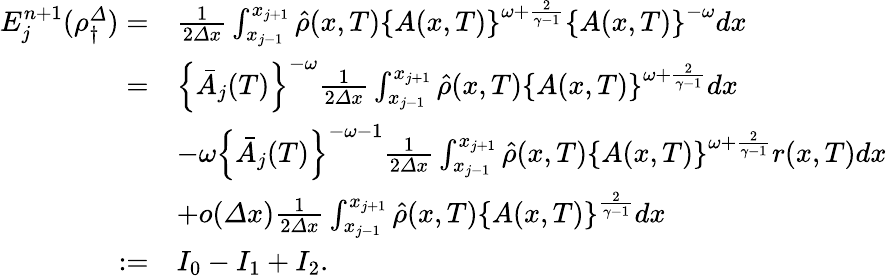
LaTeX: \begin{array}{rl}{E_{j}^{n+1}(\rho_{\dagger}^{\varDelta})=}&{\frac 1{2{\varDelta}x}\int_{x_{j-1}}^{x_{j+1}}\hat{\rho}(x,T)\left\{ A(x,T)\right\} ^{\omega+\frac{2}{\gamma-1}}\left\{ A(x,T)\right\} ^{-\omega}dx}\\ {=}&{\left\{ \bar{A}_{j}(T)\right\} ^{-\omega}\frac 1{2{\varDelta}x}\int_{x_{j-1}}^{x_{j+1}}\hat{\rho}(x,T)\left\{ A(x,T)\right\} ^{\omega+\frac{2}{\gamma-1}}dx}\\ &{-\omega\left\{ \bar{A}_{j}(T)\right\} ^{-\omega-1}\frac 1{2{\varDelta}x}\int_{x_{j-1}}^{x_{j+1}}\hat{\rho}(x,T)\left\{ A(x,T)\right\} ^{\omega+\frac{2}{\gamma-1}}r(x,T)dx}\\ &{+o({\varDelta}x)\frac 1{2{\varDelta}x}\int_{x_{j-1}}^{x_{j+1}}\hat{\rho}(x,T)\left\{ A(x,T)\right\} ^{\frac{2}{\gamma-1}}dx}\\ {:=}&{I_{0}-I_{1}+I_{2}.}\end{array}